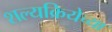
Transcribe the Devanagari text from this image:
शल्यक्रियेच्या